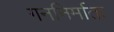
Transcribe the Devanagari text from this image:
गननिर्माता